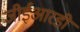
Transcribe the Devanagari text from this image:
जीईआरडी